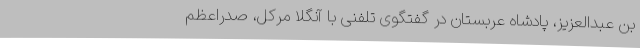
بن عبدالعزیز، پادشاه عربستان در گفتگوی تلفنی با آنگلا مرکل، صدراعظم